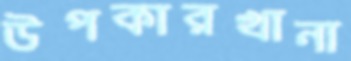
উপকারখানা